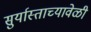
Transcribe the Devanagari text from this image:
सुर्यास्ताच्यावेळी